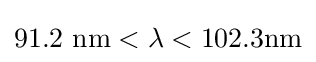
91.2\ {\rm {{nm}<\lambda <102.3nm}}